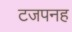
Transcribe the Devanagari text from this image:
टजपनह